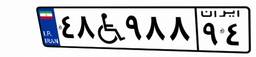
۴۸W۹۸۸۹۴